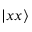
\vert x x \rangle